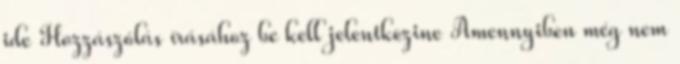
ide Hozzászólás írásához be kell jelentkezine Amennyiben még nem